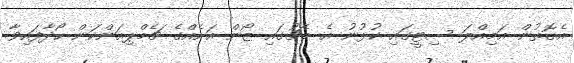
އެގޮތުން އަމިއްލަ ސިޓީގައި ކުޅުނު އެ މެޗުގައި ޒޯން އަށެއްގެ ޗެމްޕިއަންކަން ހޯދާފައިވާ